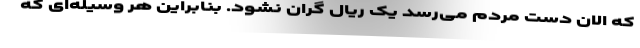
که الان دست مردم می‌رسد یک ریال گران نشود. بنابراین هر وسیله‌ای که